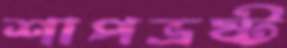
শাপভ্রষ্ট